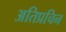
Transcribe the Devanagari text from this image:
अतिप्रचिन